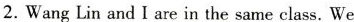
2. Wang Lin and I are in the same class. We